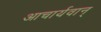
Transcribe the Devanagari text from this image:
आचार्यवान्